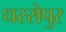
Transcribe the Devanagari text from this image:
धरसेपुर